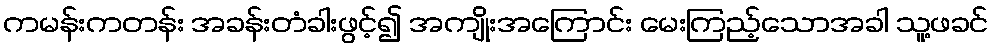
ကမန်းကတန်း အခန်းတံခါးဖွင့်၍ အကျိုးအကြောင်း မေးကြည့်သောအခါ သူ့ဖခင်